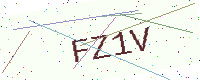
Text: FZ1V